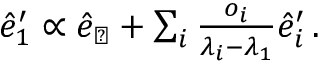
\begin{array} { r } { \hat { e } _ { 1 } ^ { \prime } \propto \hat { e } _ { \perp } + \sum _ { i } \frac { o _ { i } } { \lambda _ { i } - \lambda _ { 1 } } \hat { e } _ { i } ^ { \prime } \, . } \end{array}